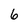
Character: 6